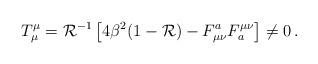
LaTeX: \begin{align*}T^\mu_\mu={\cal{R}}^{-1}\left[4\beta^2(1-{\cal{R}})-F^a_{\mu\nu}F_a^{\mu\nu} \right] \neq 0\, . \end{align*}